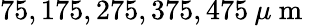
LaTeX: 75,175,275,375,475\: \mu\mathrm{~m~}